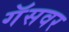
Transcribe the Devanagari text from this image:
गॅसवर